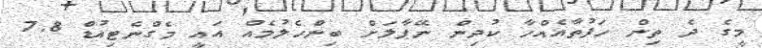
މީގެ ދެ ތިން ހަފުތާއެއްހާ ކުދިން ނޭޕާލަށް ބިންހެލުމެއް އައީ މެގްނެޓިއުޑް 7.8